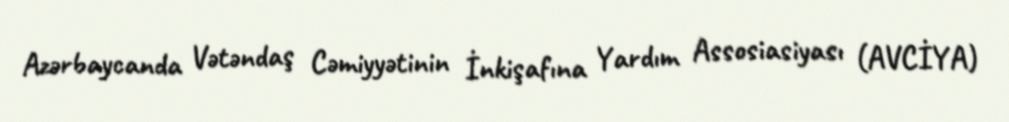
Azərbaycanda Vətəndaş Cəmiyyətinin İnkişafına Yardım Assosiasiyası (AVCİYA)